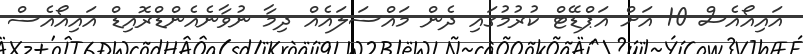
އައިއޯއެސް 10 އަށް އަޕްޑޭޓް ކުރުމުގައި ދެން މައްސަލައެއް ދިމާ ނުވާނެއެންޑްރޮއިޑް އައިއޯއެސް